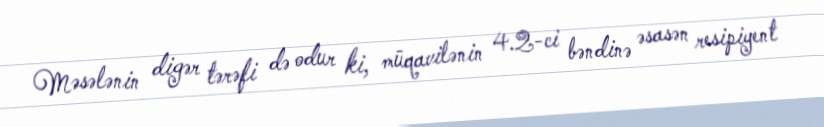
Məsələnin digər tərəfi də odur ki, müqavilənin 4.2-ci bəndinə əsasən resipiyent